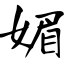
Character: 媚